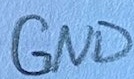
Text: GND